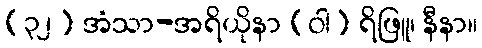
(၃၂) အံသာ-အရိယိုနာ (ဝါ) ရိဖြူ၊ နီနာ။